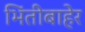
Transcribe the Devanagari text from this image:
भिंतीबाहेर